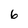
Character: 6